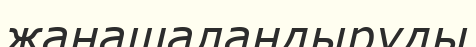
жаңашаландыруды